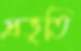
প্রভৃতি